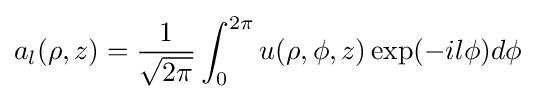
a_{l}(\rho ,z)={\frac {1}{\sqrt {2\pi }}}\int _{0}^{2\pi }u(\rho ,\phi ,z)\exp(-il\phi )d\phi